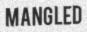
MANGLED